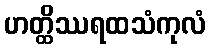
ဟတ္ထိဿရထသံကုလံ